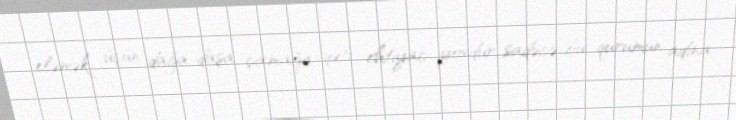
eləmək üçün dağa-daşa çıxmağa qəti ehtiyac yoxdur, sadəcə bu qurumun adına